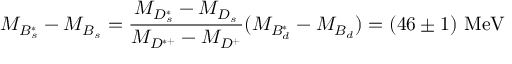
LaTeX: M _ { B _ { s } ^ { * } } - M _ { B _ { s } } = \frac { M _ { D _ { s } ^ { * } } - M _ { D _ { s } } } { M _ { D ^ { * + } } - M _ { D ^ { + } } } ( M _ { B _ { d } ^ { * } } - M _ { B _ { d } } ) = ( 4 6 \pm 1 ) \ \mathrm { M e V }